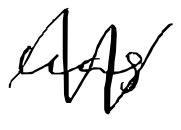
Text: was
Cross-out: zig-zag
Writing tool: digital_black